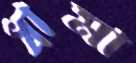
ধামা